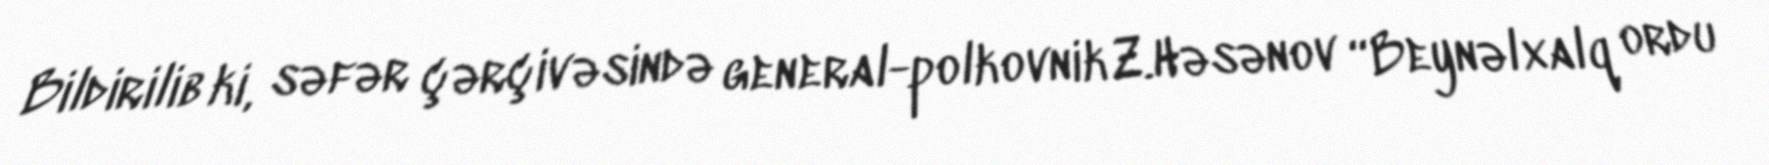
Bildirilib ki, səfər çərçivəsində general-polkovnik Z.Həsənov “Beynəlxalq ordu